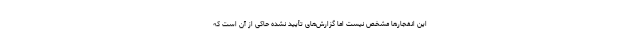
این انفجارها مشخص نیست اما گزارش‌های تأیید نشده حاکی از آن است که